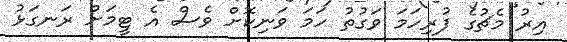
އިރު މެޗުގެ ފުރިހަމަ ވަގުތު ހަމަ ވަނިކޮށް ވެސް އެ ޓީމަށް ރަނގަޅު